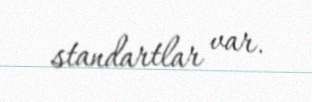
standartlar var.